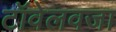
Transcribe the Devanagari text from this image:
टॉवेलवजा